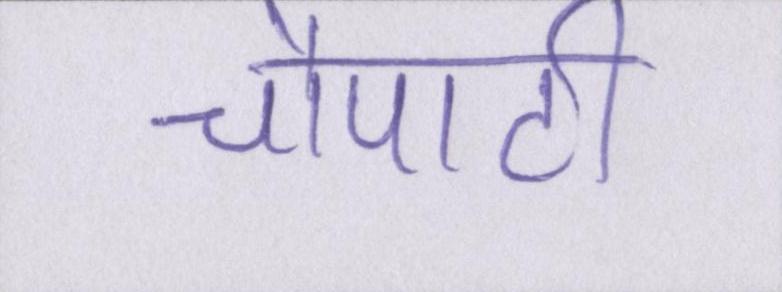
चौपाटी